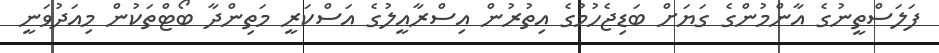
ފަލަސްތީނުގެ އާންމުންގެ ގަޔަށް ބަޑިޖެހުމުގެ އިތުރުން އިސްރާއީލުގެ އަސްކަރީ މަތިންދާ ބޯޓްތަކުން މިއަދުވަނީ